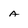
Character: a